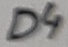
Text: D4